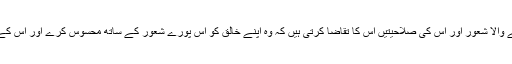
انسانوں کے اندر پایا جانے والا شعور اور اس کی صلاحیتیں اس کا تقاضا کرتی ہیں کہ وہ اپنے خالق کو اس پورے شعور کے ساتھ محسوس کرے اور اس کے آگے سر خم تسلیم کرے۔